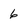
Character: 6